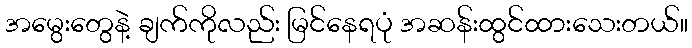
အမွေးတွေနဲ့ ချက်ကိုလည်း မြင်နေရပုံ အဆန်းထွင်ထားသေးတယ်။